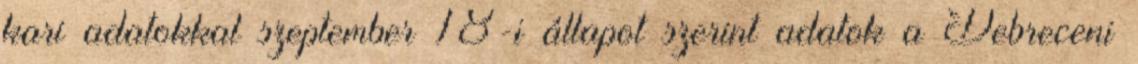
kari adatokkal szeptember 18-i állapot szerint adatok a Debreceni